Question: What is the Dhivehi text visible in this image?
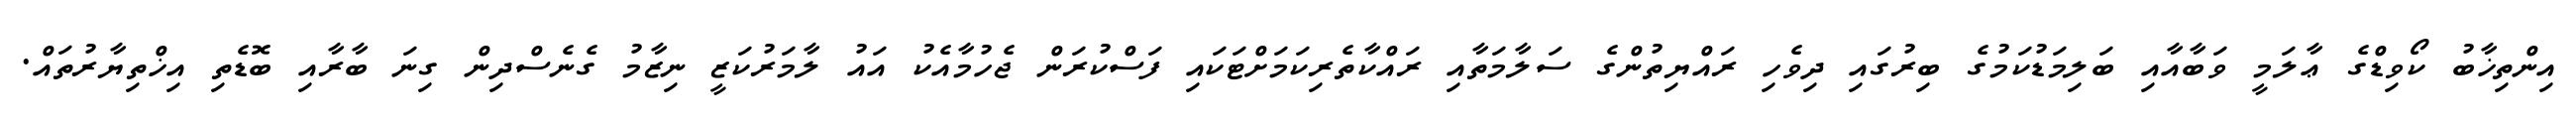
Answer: އިންތިޚާބު ކޯވިޑްގެ ޢާލަމީ ވަބާއާއި ބަލިމަޑުކަމުގެ ބިރުގައި ދިވެހި ރައްޔިތުންގެ ސަލާމަތާއި ރައްކާތެރިކަމަށްޓަކައި ފަސްކުރަން ޖެހުމާއެކު އައު ލާމަރުކަޒީ ނިޒާމު ގެނެސްދިން ގިނަ ބާރާއި ބޮޑެތި އިޚްތިޔާރުތައް.